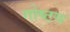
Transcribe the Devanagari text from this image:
गोष्टय